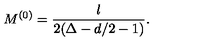
M ^ { ( 0 ) } = \frac { l } { 2 ( \Delta - d / 2 - 1 ) } .